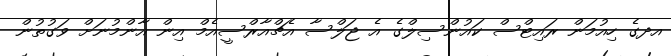
އދގެ ހިއުމަން ރައިޓްސް ކައުންސިލްގެ އެ ޖަލްސާ އެޗްއާރްސީއެމް އިން އާންމުނަށް ވަގުތުން